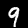
Label: 9